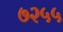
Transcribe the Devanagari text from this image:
७२५५